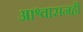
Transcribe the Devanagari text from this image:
आश्वासनही